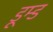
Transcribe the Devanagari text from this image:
डूम्ड